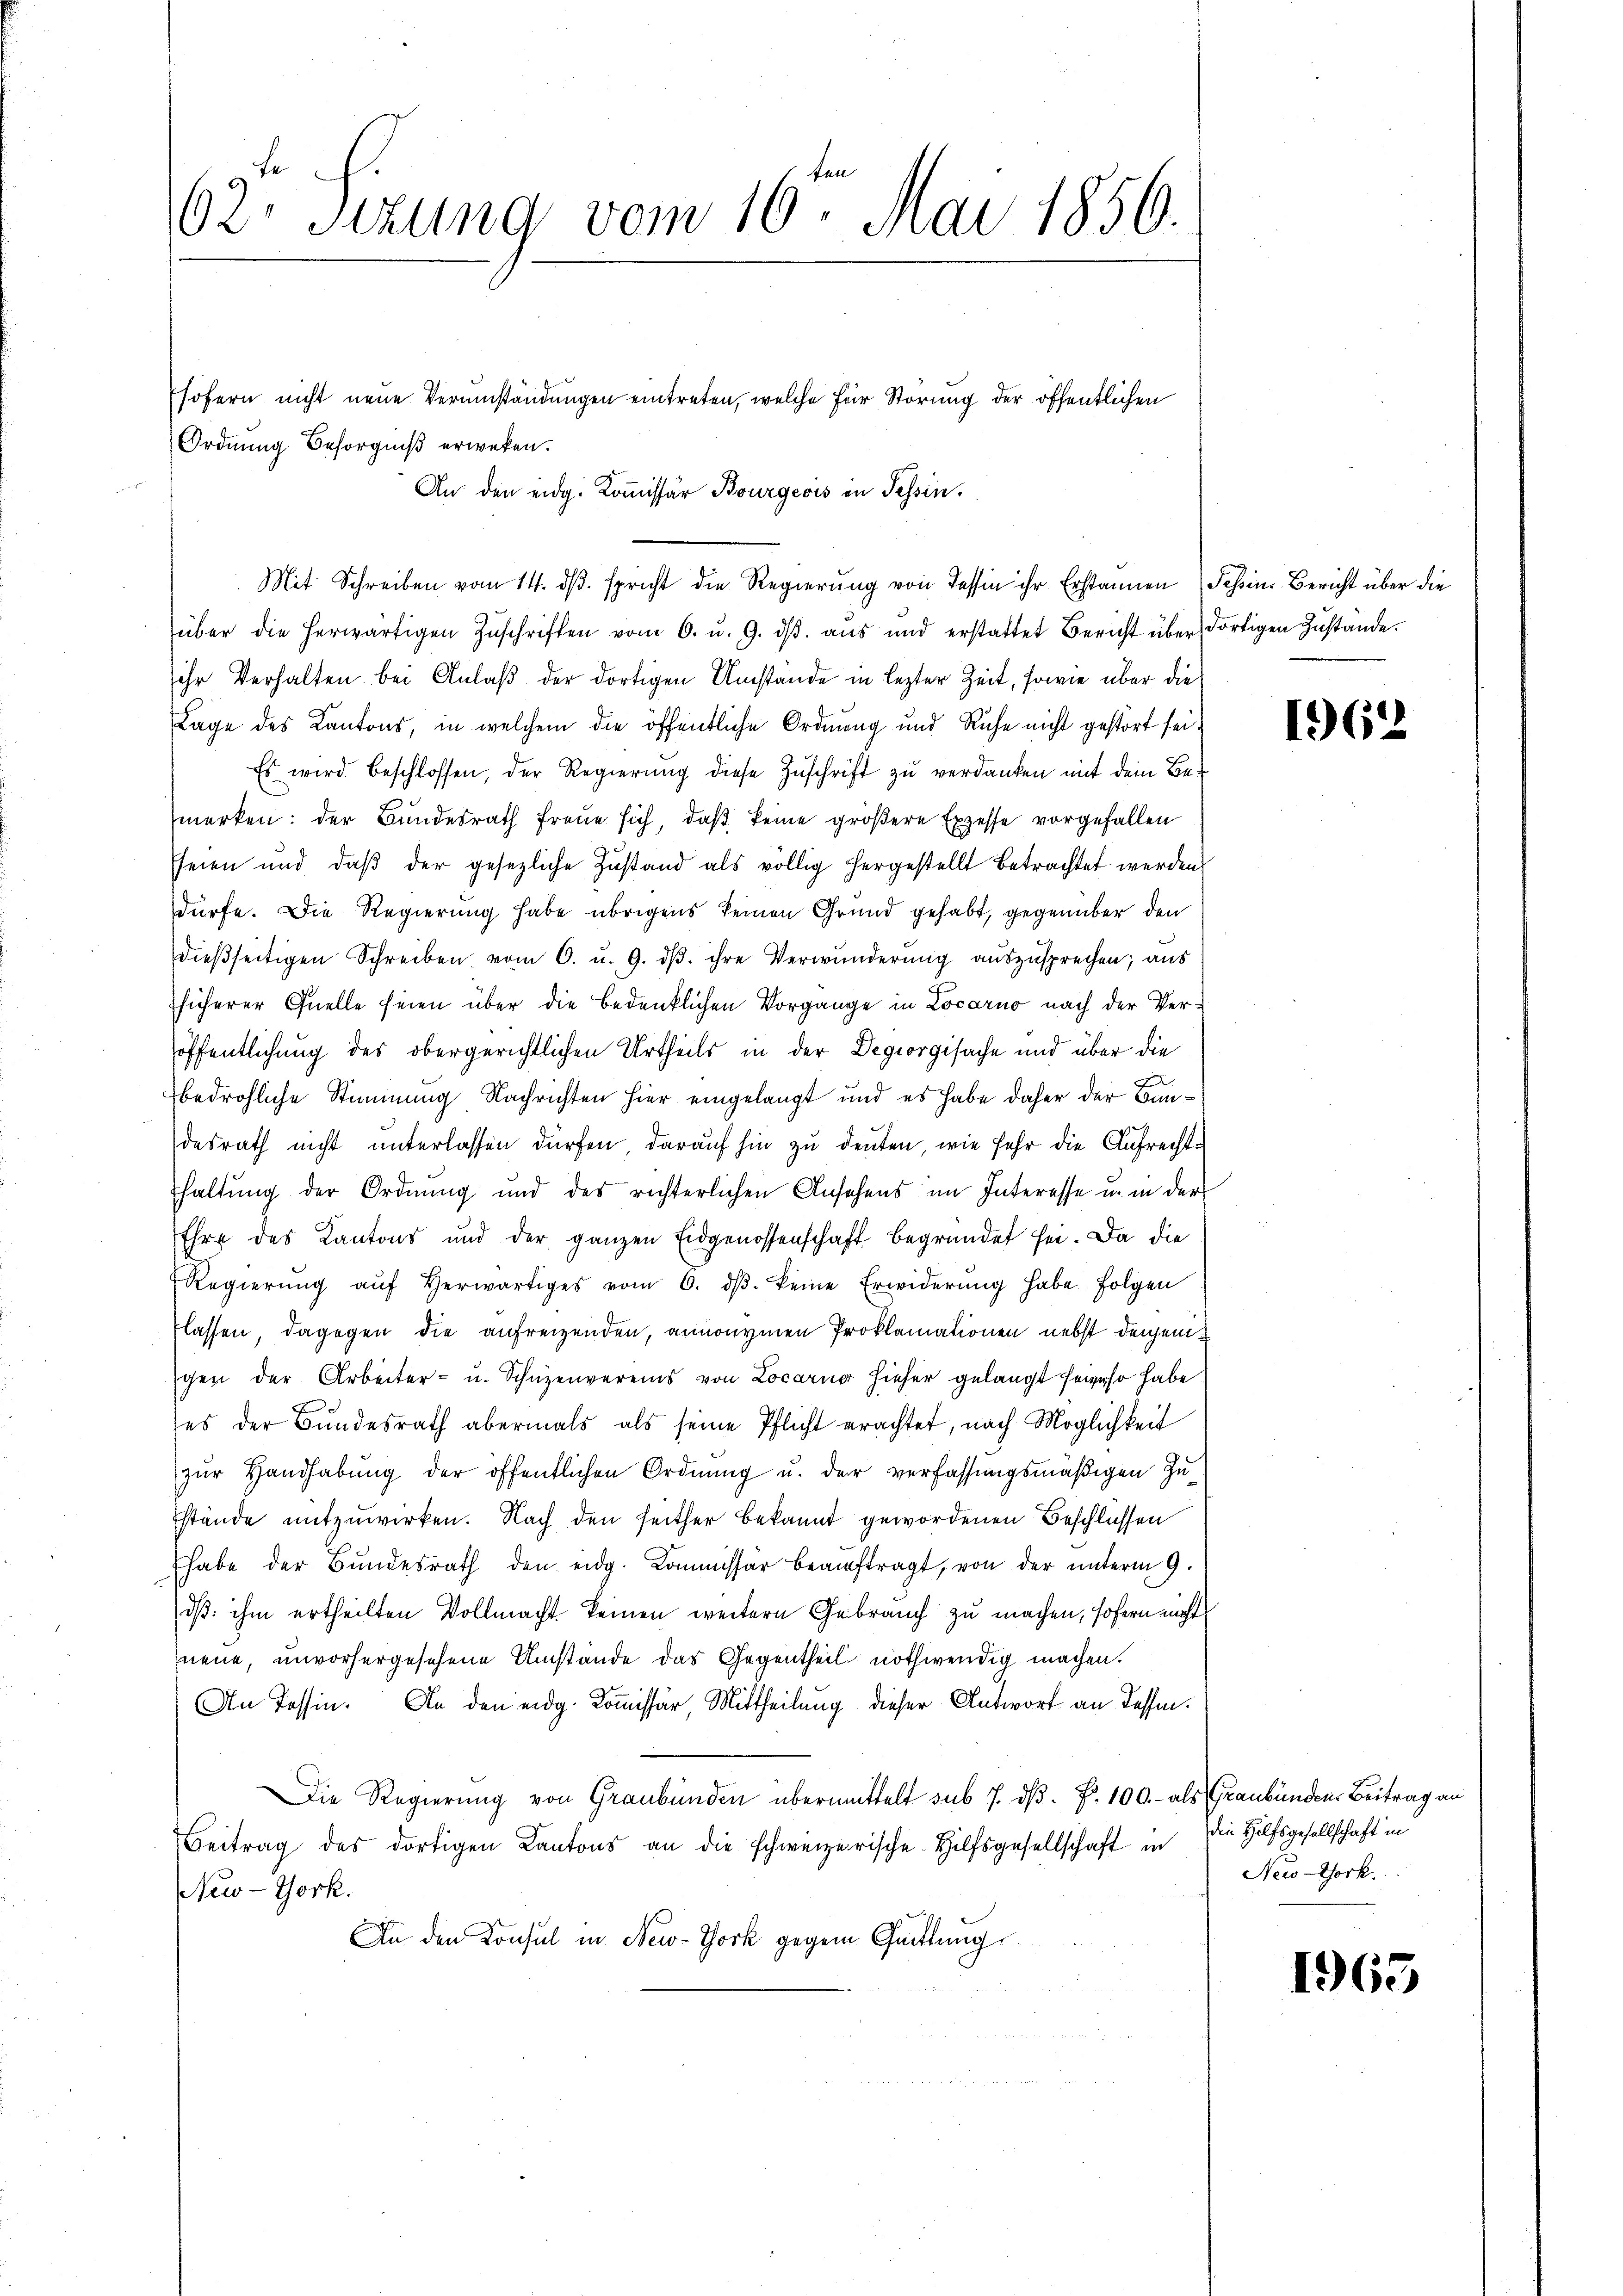
über die herwärtigen Zŭschriften vom 6. u. 9. dβ. aus und erstattet Bericht über dortigen Zustande.
sihr Verhalten bei Anlaß der dortigen Umstände in lezter Zeit, sowie über die
Lage des Kantons, in welchem die öffentliche Ordnung und Ruhe nicht gestört sei¬
Es wird beschlossen, der Regierung diese Zuschrift zu verdanken mit dem Bemerken: der Bundesrath freue sich, daß keine größere Exzesse vorgefallen
seien und daβ der gesezliche Zustand als völlig hergestellt betrachtet werden
dürfe. Die Regierung habe übrigens keinen Grund gehabt, gegenüber den
dießseitigen Schreiben vom 6. u. 9. dβ. ihre Verwunderŭng auszusprechen; aus
sicherer Quelle seien über die Bedenklichen Vorgange in Locarno nach der Veröffentlichung des obergerichtlichen Urtheils in der Degiorgisache und über die
bedrohliche Stimmung Nachrichten hier eingelangt und es habe daher der Baudesrath nicht unterlassen dürfen, darauf hin zu deuten, wie sehr die Aufrechthaltung der Ordnung und des richterlichen Ansehens im Interesse u. in der
Ehre des Kantons und der ganzen Eidgenossenschaft begründet sei. Da die
Regierŭng aŭf herwärtiges vom 6. dβ. keine Erwiderŭng habe folgen
lassen, dagegen die aufreizenden, annonymen Proklamationen nebst denjenigen der Arbeiter- u. Schüzenvereins von Locarner hieher gelangt seieso habe
es der Bundesrath abermals als seine Pflicht erachtet, nach Möglichkeit
zur Handhabung der öffentlichen Ordnung u. der verfassungsmäßigen Zustände mitzuwirken. Nach den seither bekannt gewordenen Beschlussen
habe der Bŭndesrath den eidg. Kommissär beaŭftragt, von der unterm 9.
dß ihm ertheilten Vollmacht keinen weitern Gebrauch zu machen, sofern nicht
neue, unvorhergesehene Umstände das Gegentheil nothwendig machen.
An Tessin. An den eidg. Kommissär, Mittheilung dieser Antwort an dessen.
Die Regierung von Graubünden übermittelt sub 7. dß. Nr. 100.- als Graubünden Beitrag an
Beitrag des dortigen Kantons an die schweizerische Hilfsgesellschaft in die Hilfsgesellschaft in
New-York.
An den Konsul in New-York gegen Quittung

62. Sizung vom 16ten Mai 1850.
sofern nicht neue Verumständungen eintreten, welche für Störung der öffentlichen
Ordnung Besorgniß erweben.

An den eidg. Kommissär Bourgeois in Tessin.
Mit Schreiben vom 14. dβ. spricht die Regierŭng von Tessin ihr Erstannen Schine Bericht über die

1962

New-York.

1965